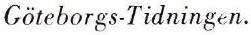
Göteborgs-Tidningen.